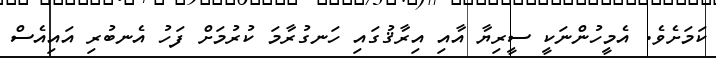
ކަމަށެވެ. އެމީހުންނަކީ ސީރިޔާ އާއި އިރާޤުގައި ހަނގުރާމަ ކުރުމަށް ފަހު އެނބުރި އައިއެސް